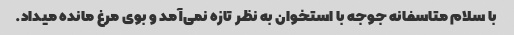
با سلام متاسفانه جوجه با استخوان به نظر تازه نمی‌آمد و بوی مرغ مانده میداد.